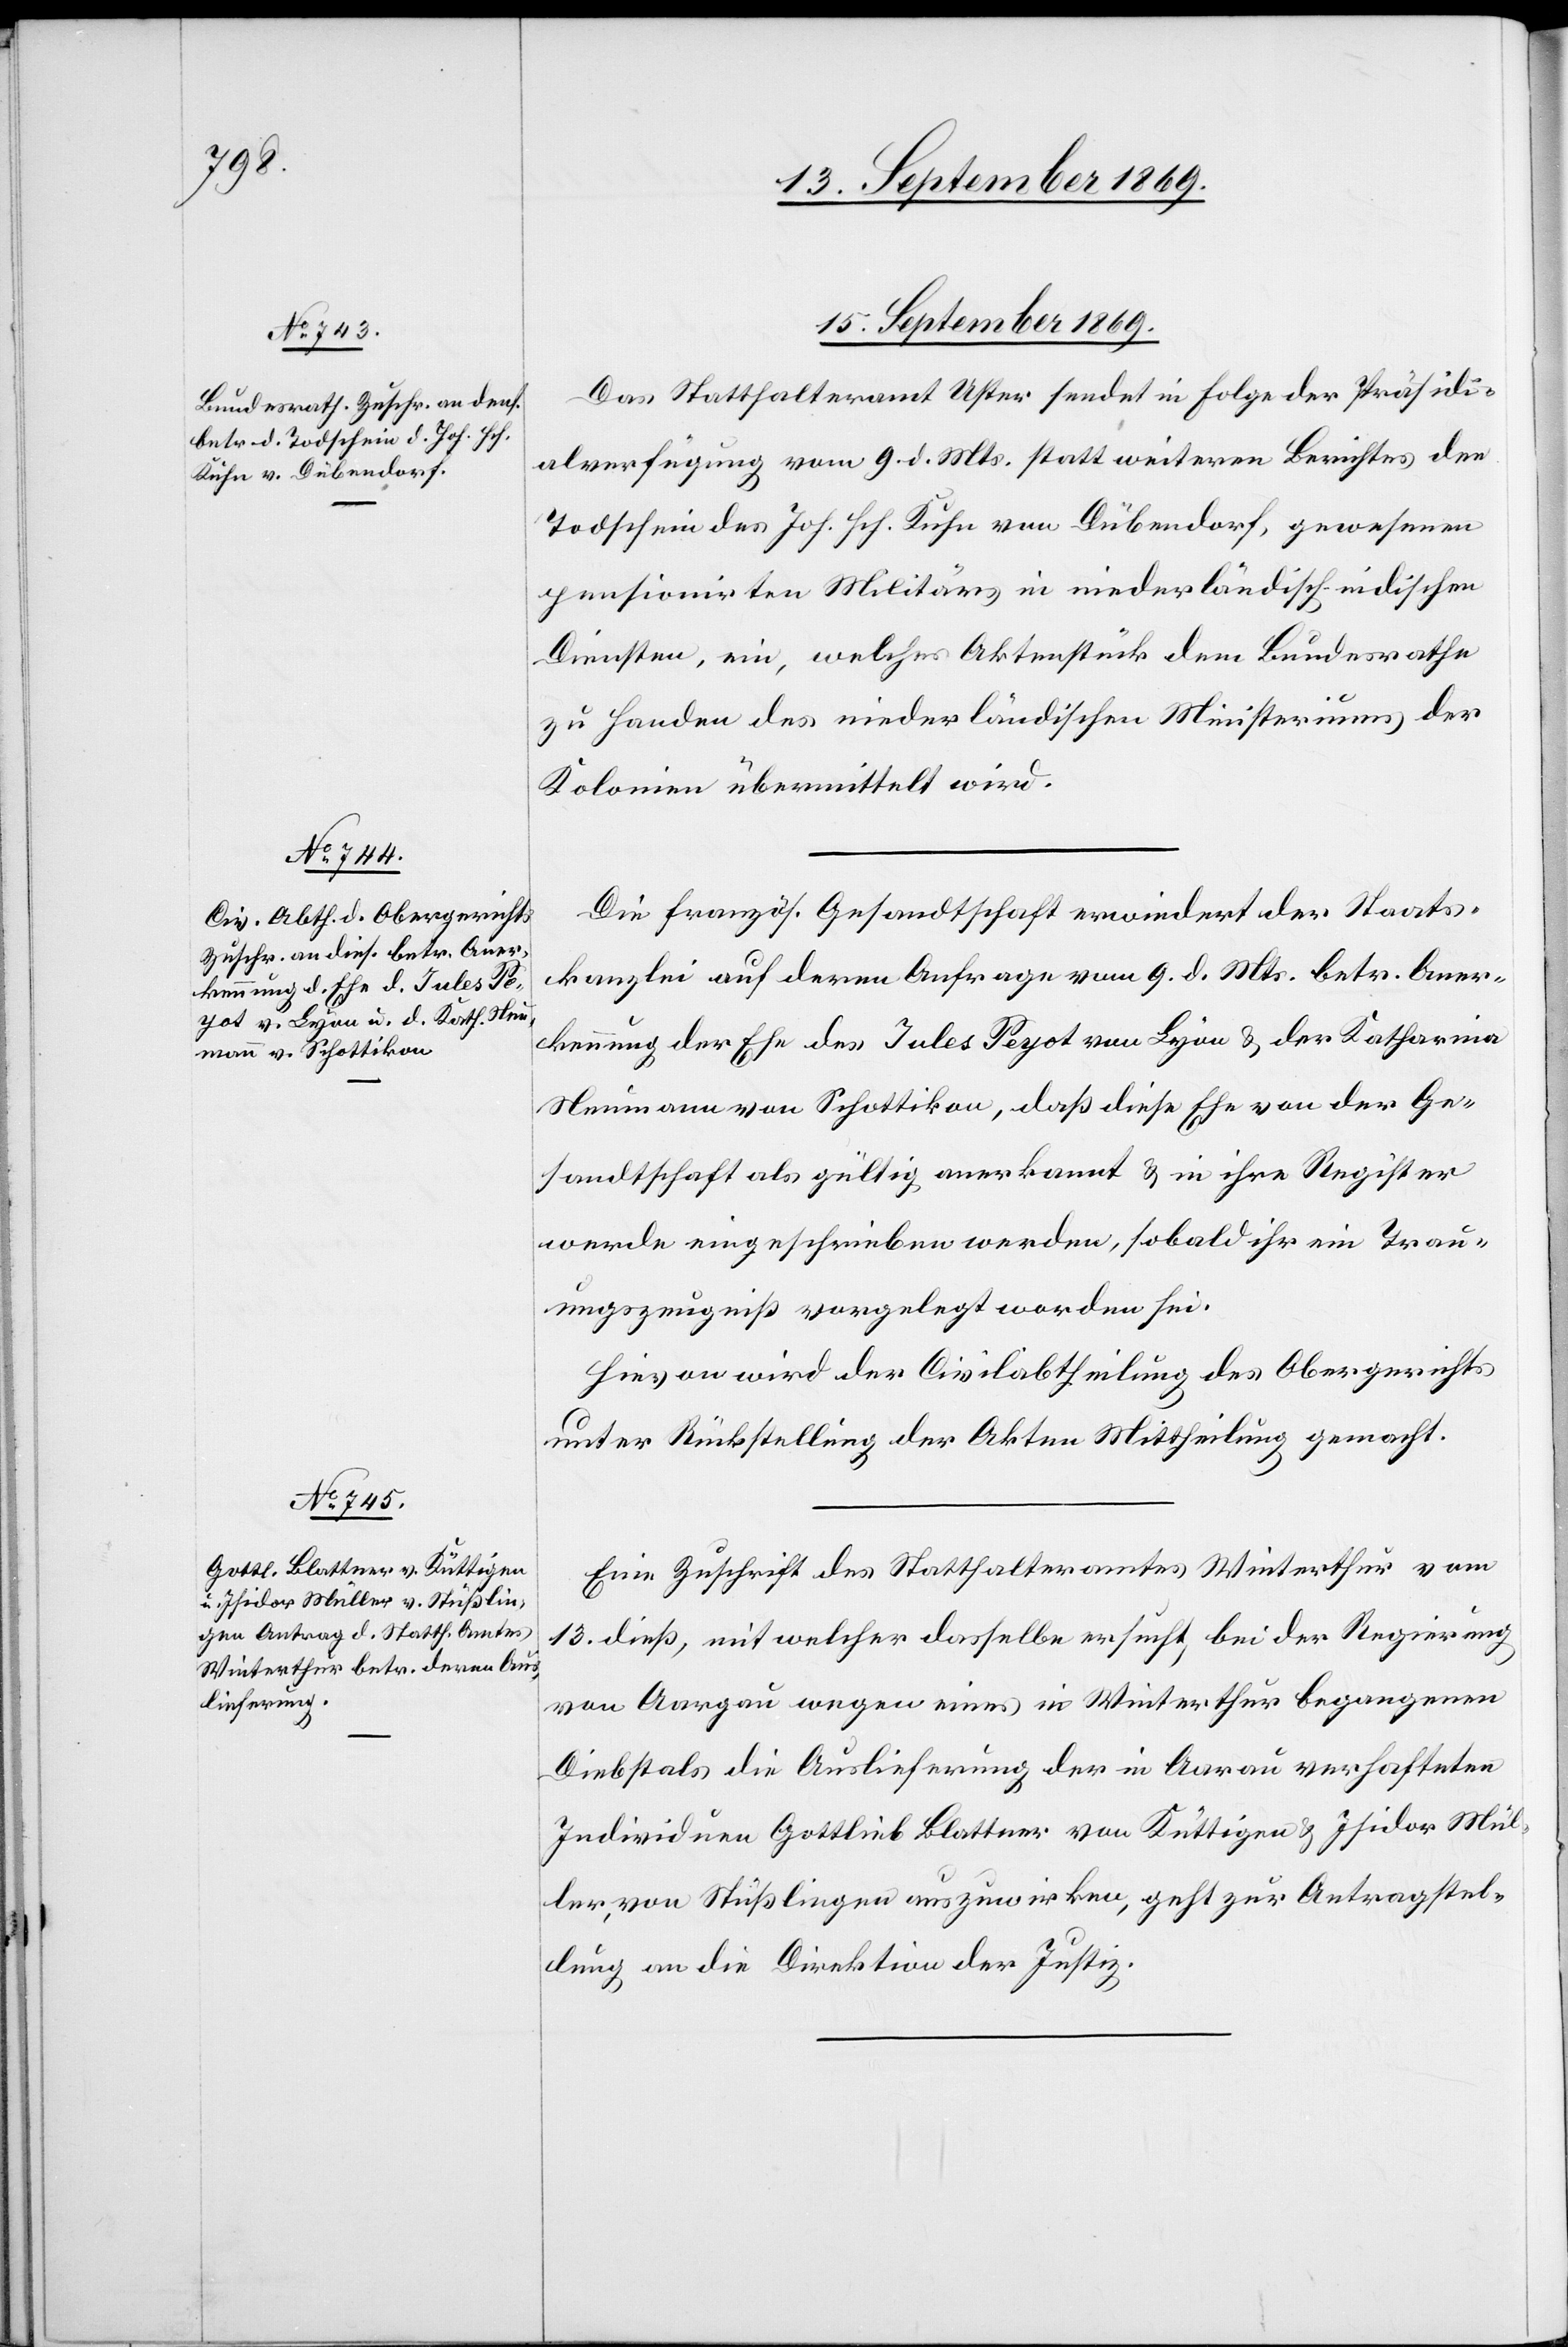
15. September 1869.]
Das Statthalteramt Uster sendet in Folge der Präsidi¬
alverfügung vom 9. d. Mts. statt weiteren Berichtes den
Todschein des Joh. Hch. Kuhn von Dübendorf, gewesenen
pensionirten Militärs in niederländisch-indischen
Diensten, ein, welches Aktenstück dem Bundesrathe
zu Handen des niederländischen Ministeriums der
Kolonien übermittelt wird.
Die französ. Gesandtschaft erwiedert der Staats¬
kanzlei auf deren Anfrage vom 9. d. Mts. betr. Aner¬
kennung der Ehe des Jules Peyot von Lyon & der Katharina
Neumann von Schottikon, daß diese Ehe von der Ge¬
sandtschaft als gültig anerkannt & in ihre Register
werde eingeschrieben werden, sobald ihr ein Trau¬
ungszeugniß vorgelegt worden sei.
Hievon wird der Civilabtheilung des Obergerichts
unter Rückstellung der Akten Mittheilung gemacht.
Eine Zuschrift des Statthalteramtes Winterthur vom
13. dieß, mit welcher dasselbe ersucht, bei der Regierung
von Aargau wegen eines in Winterthur begangenen
Diebstals die Auslieferung der in Aarau verhafteten
Individuen Gottlieb Blattner von Küttigen & Isidor Mül¬
ler, von Stüßlingen auszuwirken, geht zur Antragstel¬
lung an die Direktion der Justiz.